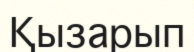
Қызарып